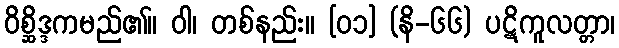
ဝိစ္ဆိဒ္ဒကမည်၏။ ဝါ၊ တစ်နည်း။ [၀၁] (နိ-၆၆) ပဋိကူလတ္တာ၊